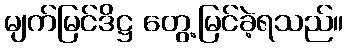
မျက်မြင်ဒိဋ္ဌ တွေ့မြင်ခဲ့ရသည်။